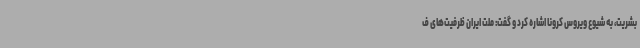
بشریت، به شیوع ویروس کرونا اشاره کرد و گفت: ملت ایران ظرفیت‌های ف